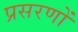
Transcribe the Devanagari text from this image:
प्रसरणों